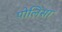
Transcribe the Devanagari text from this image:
पोलिसा